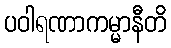
ပဝါရဏာကမ္မာနီတိ